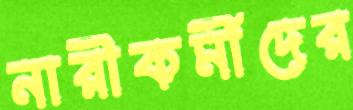
নারীকর্মীদের